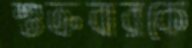
শুক্রবারকে